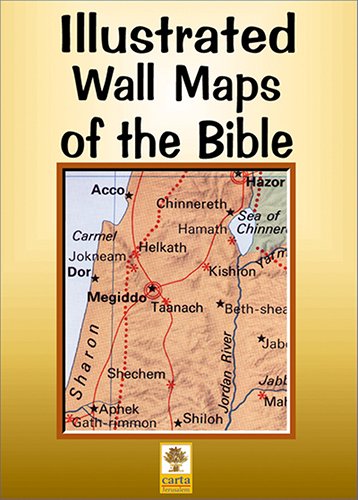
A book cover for Illustrated Wall Maps of the Bible; Carta Staff; Christian Books & Bibles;